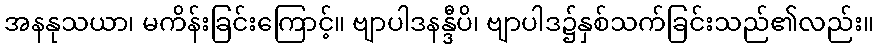
အနနုသယာ၊ မကိန်းခြင်းကြောင့်။ ဗျာပါဒနန္ဒီပိ၊ ဗျာပါဒ၌နှစ်သက်ခြင်းသည်၏လည်း။